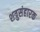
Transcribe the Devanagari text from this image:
शत्रुसंहारक